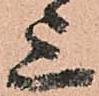
上